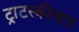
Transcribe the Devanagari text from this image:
ट्राटस्कीवाद